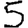
Digit: 5